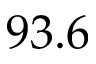
9 3 . 6